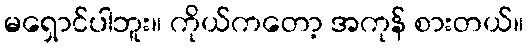
မရှောင်ပါဘူး။ ကိုယ်ကတော့ အကုန် စားတယ်။